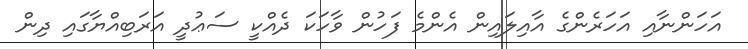
އަހަންނާއި އަހަރެންގެ އާއިލައިން އެންމެ ފަހުން ވާހަކަ ދެއްކީ ސަޢުދީ އަރަބިއްޔާގައި ދިން